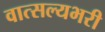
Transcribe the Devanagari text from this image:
वात्सल्यभरी